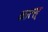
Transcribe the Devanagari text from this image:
कात्स्